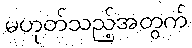
မဟုတ်သည့်အတွက်